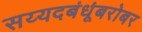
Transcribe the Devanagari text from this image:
सय्यदबंधूंबरोबर